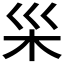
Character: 𪱵